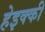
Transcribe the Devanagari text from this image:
हेइक्की